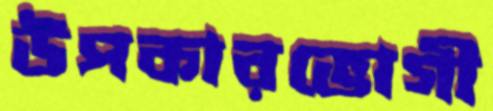
উপকারভোগী